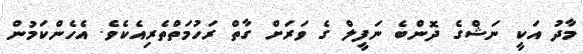
މާދު އަކީ ނަޝްގެ ދޮންބެ ނަފީލް ގެ ވަރަށް ގާތް ރަހުމަތްތެރިއެކެވެ. އެހެންކަމުން